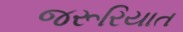
જરૂરિયાત